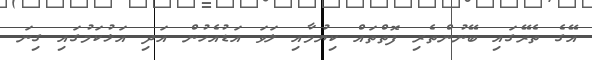
އޭގެ ތެރޭގައި ބޭނުންތެރި ފޮތްތައް ކިޔުމާއި ލަވަ އަޑުއެހުން އަދި އަޅުކަމުގައި ގިނަ